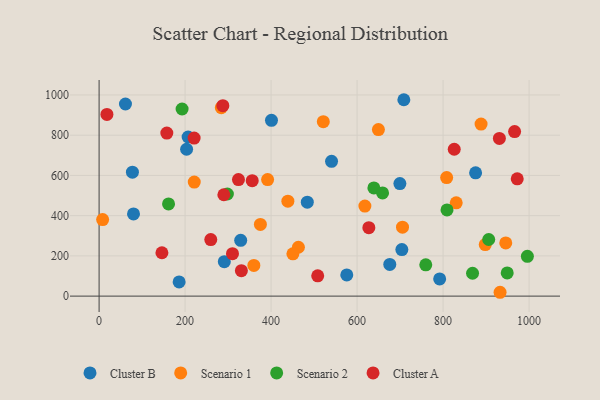
{"axis": {"x": "Experience", "y": "Exam Score"}, "legend": ["Cluster A", "Cluster B", "Scenario 1", "Scenario 2"], "data": [{"x": "186.1", "y": 70.7, "type": "Cluster B"}, {"x": "875.6", "y": 612.9, "type": "Cluster B"}, {"x": "576.0", "y": 105.2, "type": "Cluster B"}, {"x": "207.0", "y": 791.1, "type": "Cluster B"}, {"x": "708.7", "y": 976.3, "type": "Cluster B"}, {"x": "400.9", "y": 873.7, "type": "Cluster B"}, {"x": "704.1", "y": 231.6, "type": "Cluster B"}, {"x": "77.5", "y": 615.9, "type": "Cluster B"}, {"x": "80.0", "y": 408.7, "type": "Cluster B"}, {"x": "291.2", "y": 171.3, "type": "Cluster B"}, {"x": "329.3", "y": 277.5, "type": "Cluster B"}, {"x": "203.5", "y": 730.0, "type": "Cluster B"}, {"x": "61.3", "y": 955.0, "type": "Cluster B"}, {"x": "792.0", "y": 85.6, "type": "Cluster B"}, {"x": "699.5", "y": 559.6, "type": "Cluster B"}, {"x": "676.0", "y": 157.3, "type": "Cluster B"}, {"x": "484.2", "y": 467.1, "type": "Cluster B"}, {"x": "540.6", "y": 670.0, "type": "Cluster B"}, {"x": "898.0", "y": 256.3, "type": "Scenario 1"}, {"x": "945.7", "y": 264.6, "type": "Scenario 1"}, {"x": "888.3", "y": 855.4, "type": "Scenario 1"}, {"x": "359.9", "y": 152.4, "type": "Scenario 1"}, {"x": "221.3", "y": 566.9, "type": "Scenario 1"}, {"x": "463.5", "y": 243.0, "type": "Scenario 1"}, {"x": "439.0", "y": 472.1, "type": "Scenario 1"}, {"x": "450.7", "y": 210.3, "type": "Scenario 1"}, {"x": "375.1", "y": 356.2, "type": "Scenario 1"}, {"x": "618.1", "y": 447.8, "type": "Scenario 1"}, {"x": "284.2", "y": 936.8, "type": "Scenario 1"}, {"x": "808.3", "y": 589.5, "type": "Scenario 1"}, {"x": "521.4", "y": 867.3, "type": "Scenario 1"}, {"x": "391.9", "y": 579.2, "type": "Scenario 1"}, {"x": "830.5", "y": 464.0, "type": "Scenario 1"}, {"x": "932.5", "y": 19.1, "type": "Scenario 1"}, {"x": "705.6", "y": 342.8, "type": "Scenario 1"}, {"x": "8.2", "y": 380.5, "type": "Scenario 1"}, {"x": "649.6", "y": 828.0, "type": "Scenario 1"}, {"x": "639.0", "y": 537.7, "type": "Scenario 2"}, {"x": "161.5", "y": 458.2, "type": "Scenario 2"}, {"x": "193.0", "y": 930.1, "type": "Scenario 2"}, {"x": "868.5", "y": 113.6, "type": "Scenario 2"}, {"x": "906.1", "y": 281.5, "type": "Scenario 2"}, {"x": "809.1", "y": 428.3, "type": "Scenario 2"}, {"x": "659.2", "y": 513.1, "type": "Scenario 2"}, {"x": "759.7", "y": 155.6, "type": "Scenario 2"}, {"x": "996.0", "y": 197.8, "type": "Scenario 2"}, {"x": "298.3", "y": 507.6, "type": "Scenario 2"}, {"x": "949.1", "y": 115.1, "type": "Scenario 2"}, {"x": "972.4", "y": 583.3, "type": "Cluster A"}, {"x": "966.3", "y": 817.9, "type": "Cluster A"}, {"x": "287.8", "y": 946.8, "type": "Cluster A"}, {"x": "356.1", "y": 573.7, "type": "Cluster A"}, {"x": "146.1", "y": 215.6, "type": "Cluster A"}, {"x": "627.3", "y": 340.0, "type": "Cluster A"}, {"x": "330.9", "y": 126.5, "type": "Cluster A"}, {"x": "324.1", "y": 579.2, "type": "Cluster A"}, {"x": "157.5", "y": 810.4, "type": "Cluster A"}, {"x": "259.7", "y": 281.2, "type": "Cluster A"}, {"x": "18.2", "y": 903.2, "type": "Cluster A"}, {"x": "930.9", "y": 783.9, "type": "Cluster A"}, {"x": "221.0", "y": 785.8, "type": "Cluster A"}, {"x": "825.9", "y": 730.2, "type": "Cluster A"}, {"x": "290.1", "y": 503.8, "type": "Cluster A"}, {"x": "310.2", "y": 210.9, "type": "Cluster A"}, {"x": "508.4", "y": 100.8, "type": "Cluster A"}]}